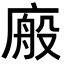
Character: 𭙩